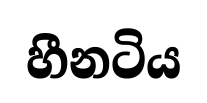
හීනටිය